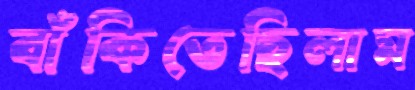
বাঁকিতেছিলাম